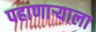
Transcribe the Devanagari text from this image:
पहाणाऱ्याला